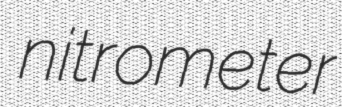
nitrometer